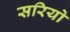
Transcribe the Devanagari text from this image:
सरियो